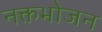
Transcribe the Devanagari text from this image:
नक्तभोजन